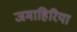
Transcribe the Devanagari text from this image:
जमाहिरिया